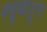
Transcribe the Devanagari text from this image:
क्यूबातून